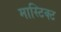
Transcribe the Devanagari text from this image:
मास्टिक्ट